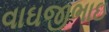
વાઘજીભાઇ